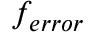
f _ { e r r o r } \